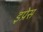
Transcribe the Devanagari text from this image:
इप्रेस